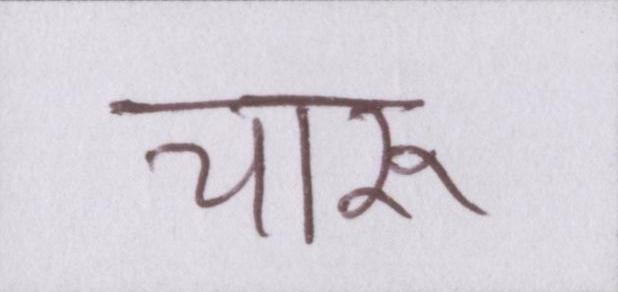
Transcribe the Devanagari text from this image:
चारू